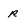
Character: r